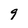
Character: 9